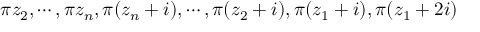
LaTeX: \pi z _ { 2 } , \cdots , \pi z _ { n } , \pi ( z _ { n } + i ) , \cdots , \pi ( z _ { 2 } + i ) , \pi ( z _ { 1 } + i ) , \pi ( z _ { 1 } + 2 i )